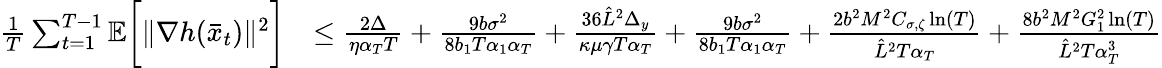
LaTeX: \begin{array}{rl}{\frac{1}{T}\sum_{t=1}^{T-1}\mathbb{E}\bigg[\| \nabla h(\bar{x}_{t})\| ^{2}\bigg]}&{\leq\frac{2\Delta}{\eta\alpha_{T}T}+\frac{9b\sigma^{2}}{8b_{1}T\alpha_{1}\alpha_{T}}+\frac{36\hat{L}^{2}\Delta_{y}}{\kappa\mu\gamma T\alpha_{T}}+\frac{9b\sigma^{2}}{8b_{1}T\alpha_{1}\alpha_{T}}+\frac{2b^{2}M^{2}C_{\sigma,\zeta}\ln(T)}{\hat{L}^{2}T\alpha_{T}}+\frac{8b^{2}M^{2}G_{1}^{2}\ln(T)}{\hat{L}^{2}T\alpha_{T}^{3}}}\end{array}